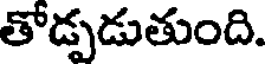
తోడ్పడుతుంది.